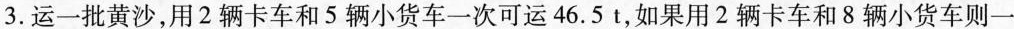
3.运一批黄沙，用2辆卡车和5辆小货车一次可运46.5t，如果用2辆卡车和8辆小货车则一